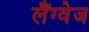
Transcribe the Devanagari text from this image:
लैंग्‍वेज